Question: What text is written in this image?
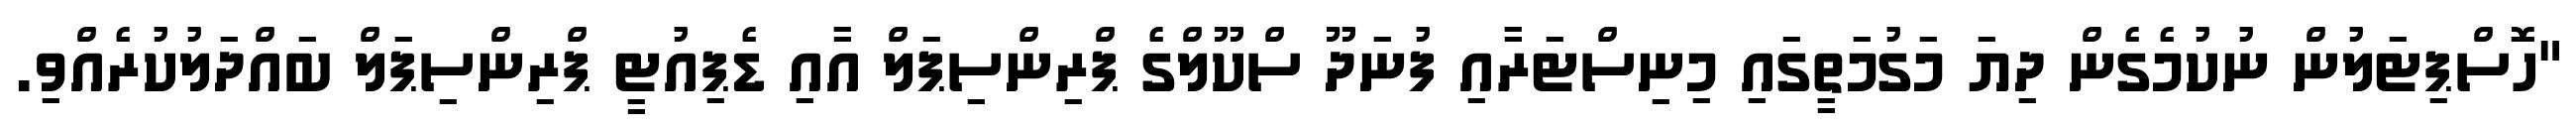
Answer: "ހޮސްޕިޓަލުން ނުކުމެގެން ދިޔަ މަގުމަތީގައި މިނިސްޓަރާއި ފުނަދޫ ސްކޫލްގެ ޕްރިންސިޕަލް އާއި ޑެޕިއުޓީ ޕްރިންސިޕަލް ބައްދަލުކުރެއްވި.